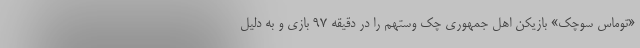
«توماس سوچک» بازیکن اهل جمهوری چک وستهم را در دقیقه ۹۷ بازی و به دلیل